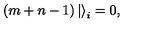
( m + n - 1 ) \left| \right> _ { i } = 0 ,